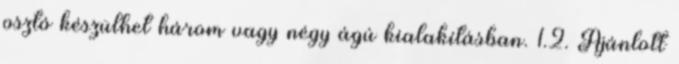
osztó készülhet három vagy négy ágú kialakításban. 1.2. Ajánlott